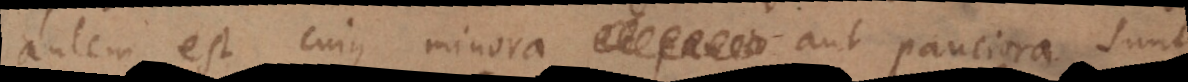
autem est cujus minora et paucio aut